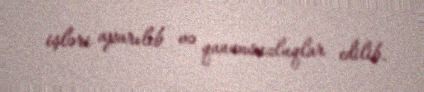
işləri aparılıb və qanunsuzluqlar edilib.